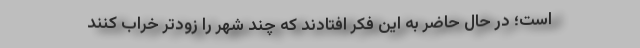
است؛ در حال حاضر به این فکر افتادند که چند شهر را زودتر خراب کنند